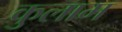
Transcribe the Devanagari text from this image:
कुलाम